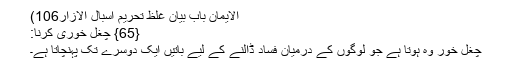
الایمان باب بیان غلظ تحریم اسبال الازار106)
{65} چغل خوری کرنا:
چغل خور وہ ہوتا ہے جو لوگوں کے درمیان فساد ڈالنے کے لیے باتیں ایک دوسرے تک پہنچاتا ہے۔